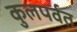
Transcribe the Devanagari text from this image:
कुलपर्वत